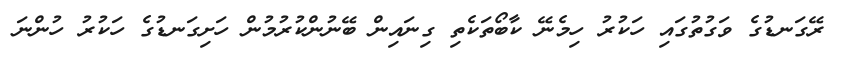
ރޭގަނޑުގެ ވަގުތުގައި ހަކުރު ހިމެނޭ ކާބޯތަކެތި ގިނައިން ބޭނުންކުރުމުން ހަށިގަނޑުގެ ހަކުރު ހުންނަ